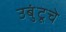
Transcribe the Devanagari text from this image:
उबुंटूचे